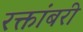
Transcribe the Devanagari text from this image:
रक्तांबरी